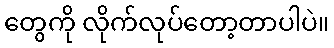
တွေကို လိုက်လုပ်တော့တာပါပဲ။